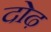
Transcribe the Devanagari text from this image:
दोढ़